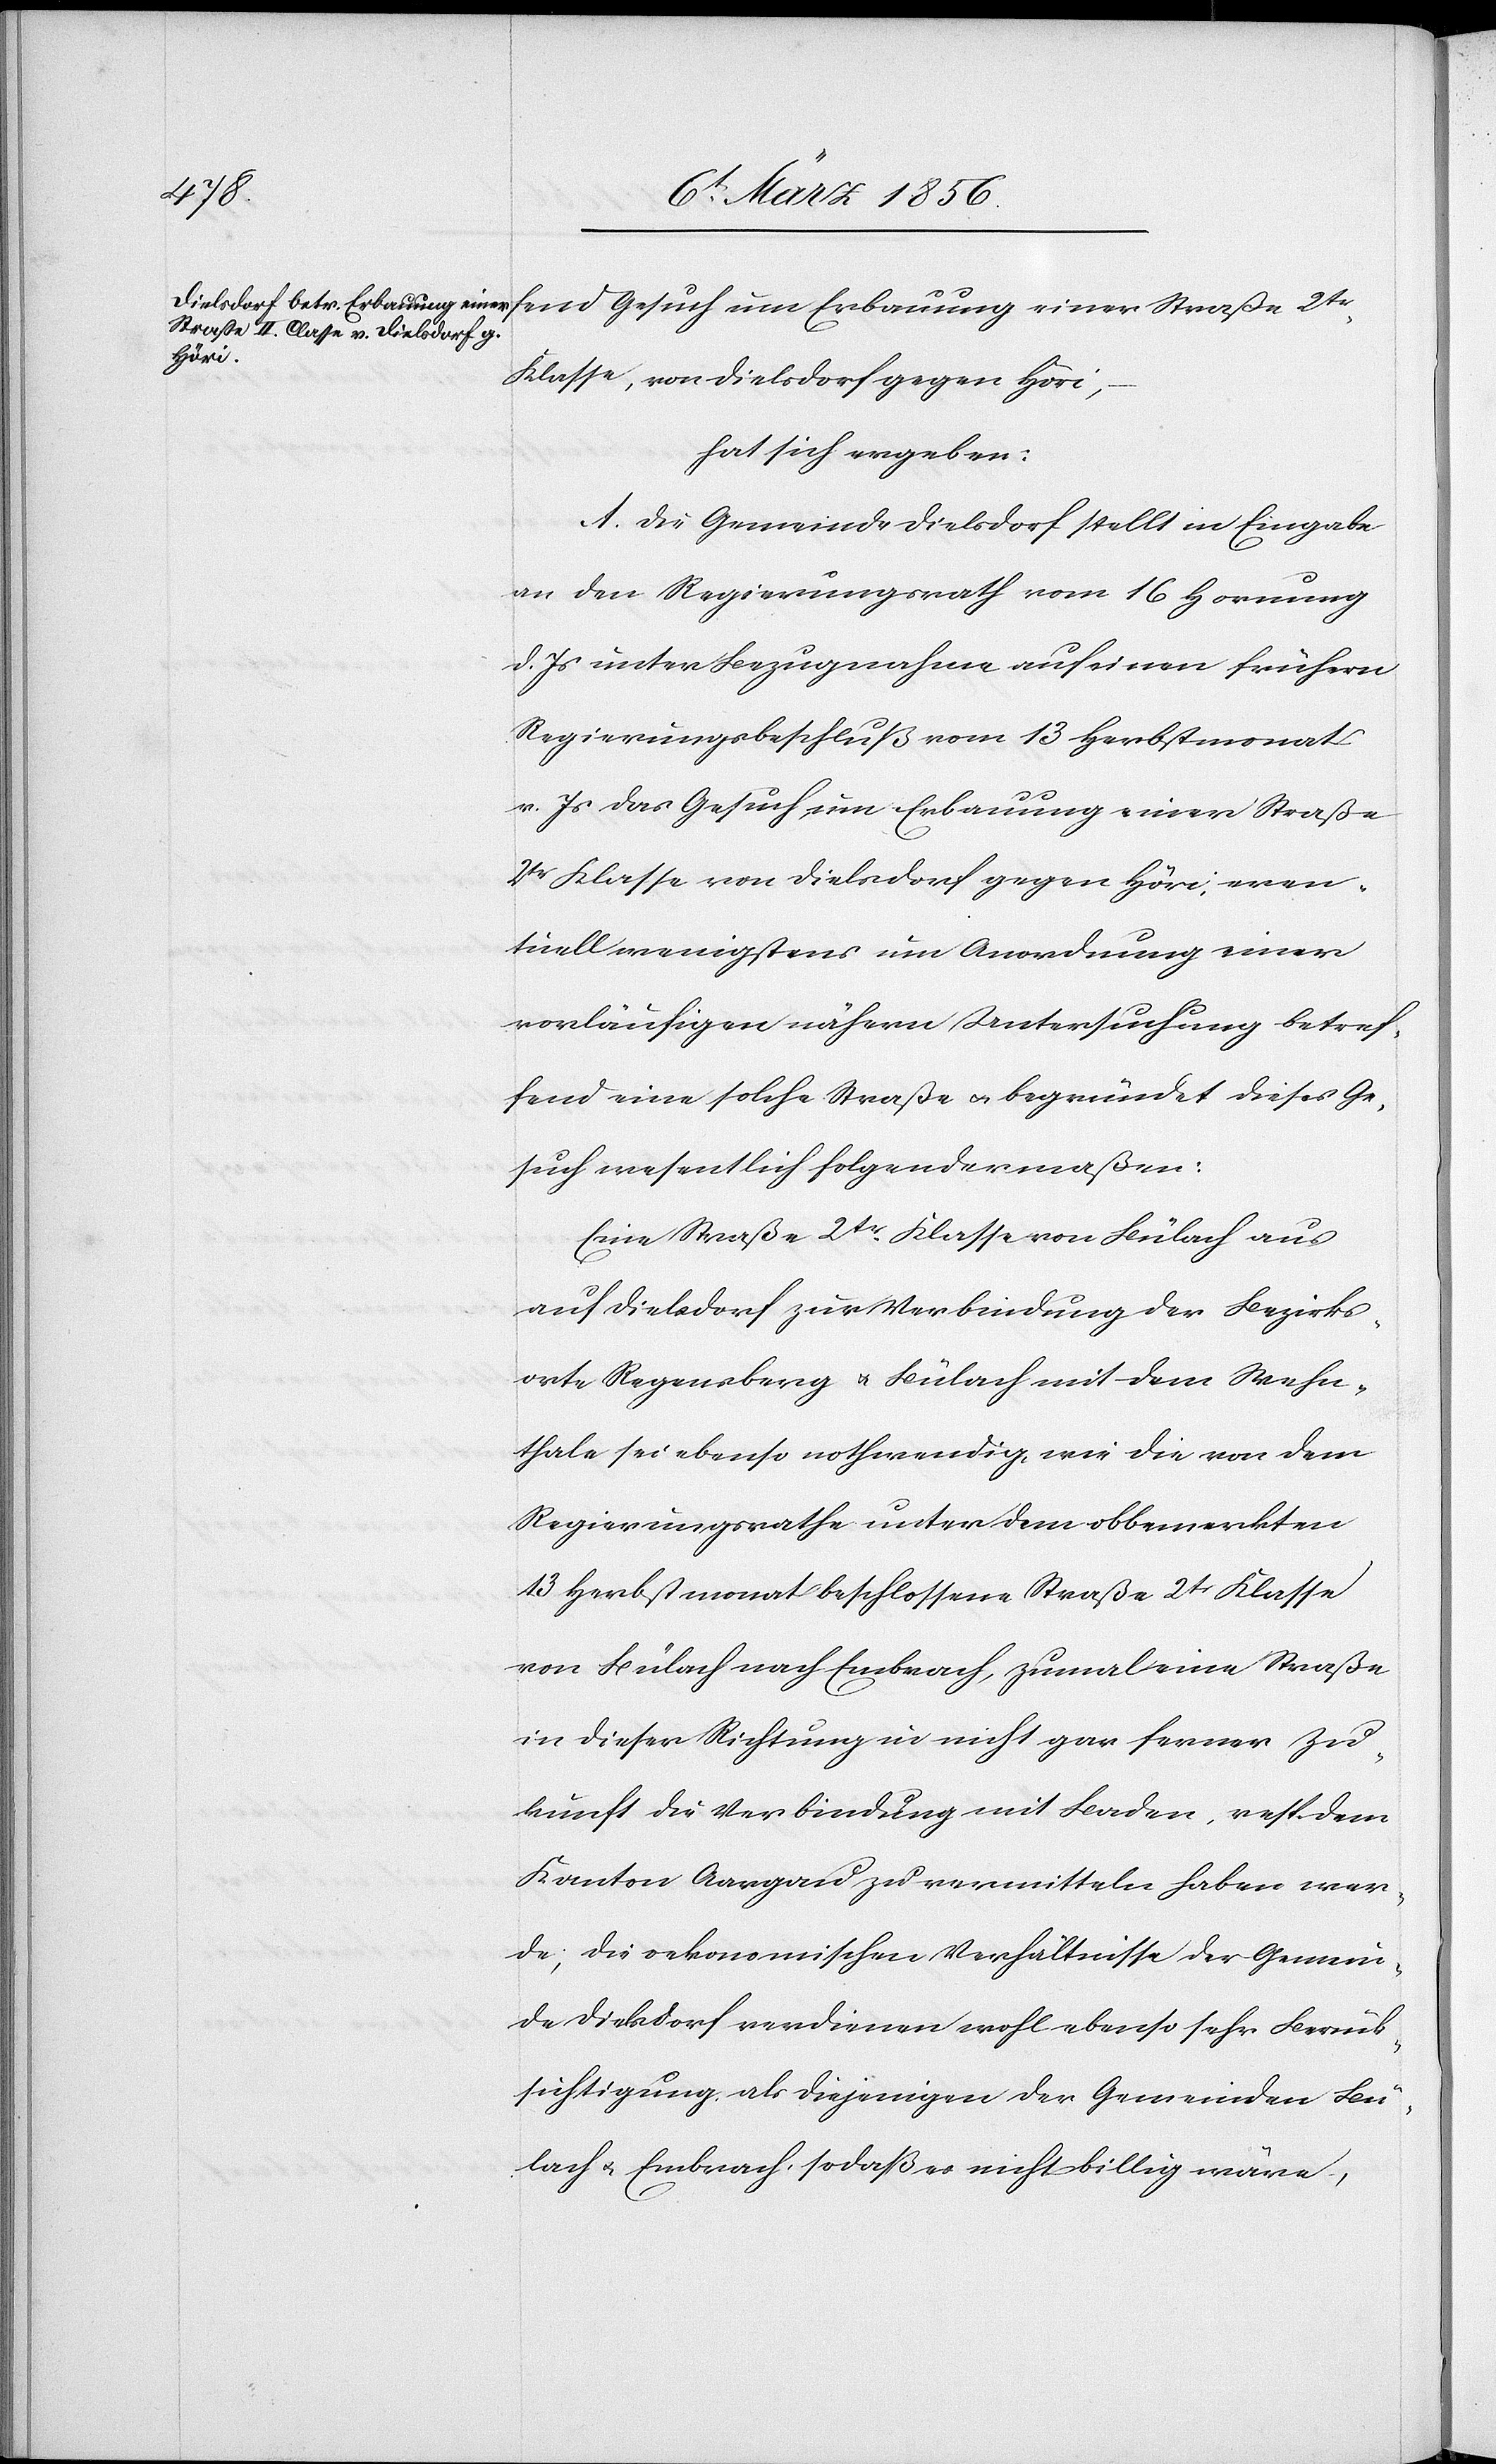
Klasse, von Dielsdorf gegen Höri,
hat sich ergeben:
A. Die Gemeinde Dielsdorf stellt in Eingabe
an den Regierungsrath vom 16 Hornung
d. Js unter Bezugnahme auf einen frühern
Regierungsbeschluß vom 13 Herbstmonat
2tr
v. Js das Gesuch um Erbauung einer Straße
2tr Klasse von Dielsdorf gegen Höri; even¬
tuell wenigstens um Anordnung einer
vorläufigen nähern Untersuchung betref¬
fend eine solche Straße u. begründet dieses Ge¬
such wesentlich folgendermaßen:
Eine Straße 2tr Klasse von Bülach aus
auf Dielsdorf zur Verbindung der Bezirks¬
orte Regensberg u. Bülach mit dem Wehn¬
thale sei ebenso nothwendig, wie die von dem
Regierungsrathe unter dem obbemerkten
13 Herbstmonat beschlossene Straße 2tr Klasse
von Bülach nach Embrach, zumal eine Straße
in dieser Richtung in nicht gar ferner Zu¬
kunft die Verbindung mit Baden, resp. dem
Kanton Aargau zu vermitteln haben wer¬
de; die oekonomischen Verhältnisse der Gemein¬
de Dielsdorf verdienen wohl ebenso sehr Berück¬
sichtigung, als diejenigen der Gemeinden Bü¬
lach u. Embrach, sodaß es nicht billig wäre,